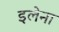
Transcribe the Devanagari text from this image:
इलेना